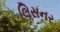
લિસનર